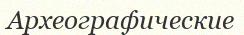
Археографические